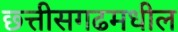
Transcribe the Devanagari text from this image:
छ्त्तीसगढमधील